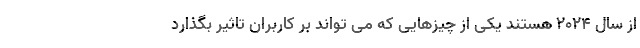
از سال ۲۰۲۴ هستند یکی از چیزهایی که می تواند بر کاربران تاثیر بگذارد